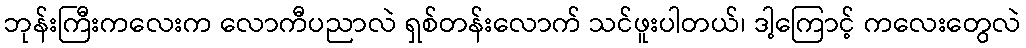
ဘုန်းကြီးကလေးက လောကီပညာလဲ ရှစ်တန်းလောက် သင်ဖူးပါတယ်၊ ဒါ့ကြောင့် ကလေးတွေလဲ